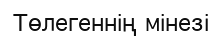
Төлегеннің мінезі